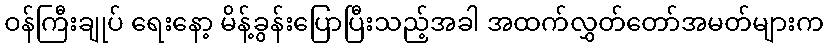
ဝန်ကြီးချုပ် ရေးနော့ မိန့်ခွန်းပြောပြီးသည့်အခါ အထက်လွှတ်တော်အမတ်များက